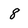
Character: 8